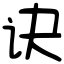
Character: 诀